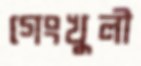
গেংখুলী